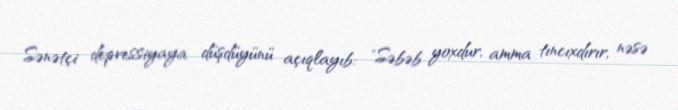
Sənətçi depressiyaya düşdüyünü açıqlayıb: "Səbəb yoxdur, amma tıncıxdırır, nəsə